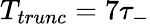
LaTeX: T_{trunc}=7\tau_{-}